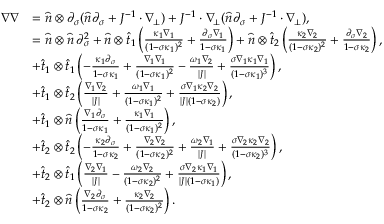
\begin{array} { r l } { \nabla \nabla } & { = \widehat { n } \otimes \partial _ { \sigma } ( \widehat { n } \partial _ { \sigma } + J ^ { - 1 } \cdot \nabla _ { \! \bot } ) + J ^ { - 1 } \cdot \nabla _ { \! \bot } ( \widehat { n } \partial _ { \sigma } + J ^ { - 1 } \cdot \nabla _ { \! \bot } ) , } \\ & { = \widehat { n } \otimes \widehat { n } \, \partial _ { \sigma } ^ { 2 } + \widehat { n } \otimes \widehat { t } _ { 1 } \left( \frac { \kappa _ { 1 } \nabla _ { 1 } } { ( 1 - \sigma \kappa _ { 1 } ) ^ { 2 } } + \frac { \partial _ { \sigma } \nabla _ { 1 } } { 1 - \sigma \kappa _ { 1 } } \right) + \widehat { n } \otimes \widehat { t } _ { 2 } \left( \frac { \kappa _ { 2 } \nabla _ { 2 } } { ( 1 - \sigma \kappa _ { 2 } ) ^ { 2 } } + \frac { \partial _ { \sigma } \nabla _ { 2 } } { 1 - \sigma \kappa _ { 2 } } \right) , } \\ & { + \widehat { t } _ { 1 } \otimes \widehat { t } _ { 1 } \left( - \frac { \kappa _ { 1 } \partial _ { \sigma } } { 1 - \sigma \kappa _ { 1 } } + \frac { \nabla _ { 1 } \nabla _ { 1 } } { ( 1 - \sigma \kappa _ { 1 } ) ^ { 2 } } - \frac { \omega _ { 1 } \nabla _ { 2 } } { | J | } + \frac { \sigma \nabla _ { 1 } \kappa _ { 1 } \nabla _ { 1 } } { ( 1 - \sigma \kappa _ { 1 } ) ^ { 3 } } \right) , } \\ & { + \widehat { t } _ { 1 } \otimes \widehat { t } _ { 2 } \left( \frac { \nabla _ { 1 } \nabla _ { 2 } } { | J | } + \frac { \omega _ { 1 } \nabla _ { 1 } } { ( 1 - \sigma \kappa _ { 1 } ) ^ { 2 } } + \frac { \sigma \nabla _ { 1 } \kappa _ { 2 } \nabla _ { 2 } } { | J | ( 1 - \sigma \kappa _ { 2 } ) } \right) , } \\ & { + \widehat { t } _ { 1 } \otimes \widehat { n } \left( \frac { \nabla _ { 1 } \partial _ { \sigma } } { 1 - \sigma \kappa _ { 1 } } + \frac { \kappa _ { 1 } \nabla _ { 1 } } { ( 1 - \sigma \kappa _ { 1 } ) ^ { 2 } } \right) , } \\ & { + \widehat { t } _ { 2 } \otimes \widehat { t } _ { 2 } \left( - \frac { \kappa _ { 2 } \partial _ { \sigma } } { 1 - \sigma \kappa _ { 2 } } + \frac { \nabla _ { 2 } \nabla _ { 2 } } { ( 1 - \sigma \kappa _ { 2 } ) ^ { 2 } } + \frac { \omega _ { 2 } \nabla _ { 1 } } { | J | } + \frac { \sigma \nabla _ { 2 } \kappa _ { 2 } \nabla _ { 2 } } { ( 1 - \sigma \kappa _ { 2 } ) ^ { 3 } } \right) , } \\ & { + \widehat { t } _ { 2 } \otimes \widehat { t } _ { 1 } \left( \frac { \nabla _ { 2 } \nabla _ { 1 } } { | J | } - \frac { \omega _ { 2 } \nabla _ { 2 } } { ( 1 - \sigma \kappa _ { 2 } ) ^ { 2 } } + \frac { \sigma \nabla _ { 2 } \kappa _ { 1 } \nabla _ { 1 } } { | J | ( 1 - \sigma \kappa _ { 1 } ) } \right) , } \\ & { + \widehat { t } _ { 2 } \otimes \widehat { n } \left( \frac { \nabla _ { 2 } \partial _ { \sigma } } { 1 - \sigma \kappa _ { 2 } } + \frac { \kappa _ { 2 } \nabla _ { 2 } } { ( 1 - \sigma \kappa _ { 2 } ) ^ { 2 } } \right) . } \end{array}